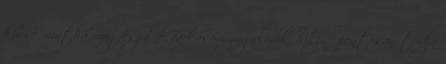
kissé mintha megfeszülne, farkasom zúgolódik, hisz ő pontosan tudja